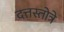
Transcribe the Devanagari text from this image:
दत्तस्तोत्रे